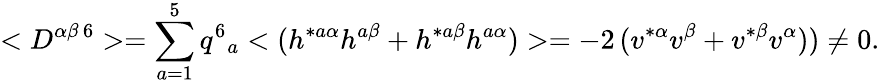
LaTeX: <D^{\alpha\beta\, 6}>=\sum_{a=1}^{5}q^{6}{}_{a}<(h^{*a\alpha}h^{a\beta}+h^{*a\beta}h^{a\alpha})>=-2\, (v^{*\alpha}v^{\beta}+v^{*\beta}v^{\alpha}))\neq 0.